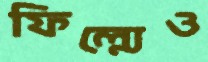
ফিল্মেও